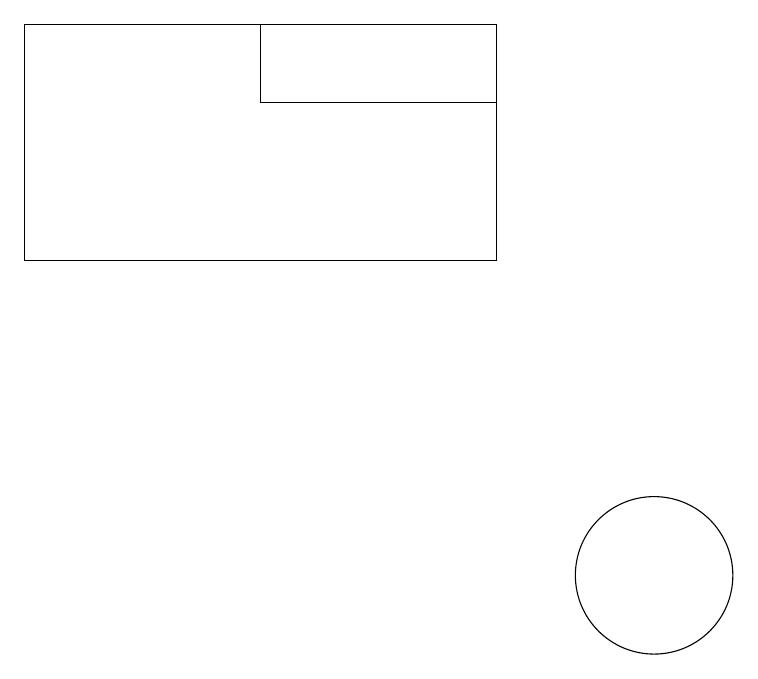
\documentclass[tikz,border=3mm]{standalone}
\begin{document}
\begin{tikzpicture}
\draw (5,16) rectangle (8,17);
\draw (10,10) circle (1);
\draw (2,17) rectangle (8,14);
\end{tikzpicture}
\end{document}